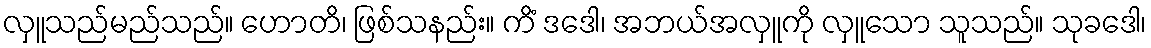
လှူသည်မည်သည်။ ဟောတိ၊ ဖြစ်သနည်း။ ကိံ ဒဒေါ၊ အဘယ်အလှူကို လှူသော သူသည်။ သုခဒေါ၊